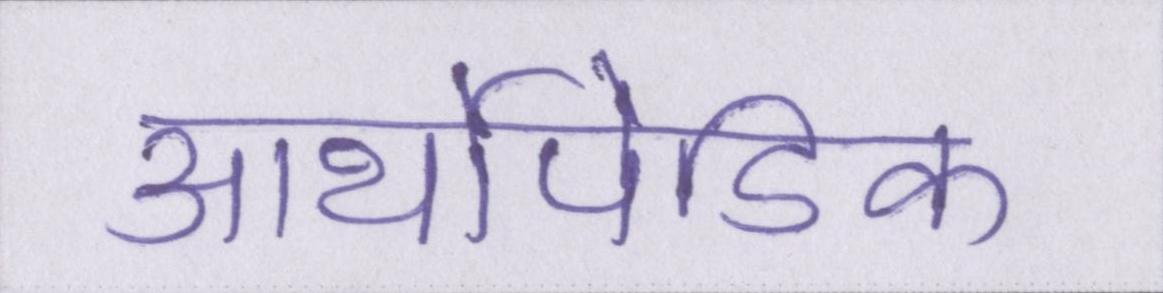
आर्थोपेडिक